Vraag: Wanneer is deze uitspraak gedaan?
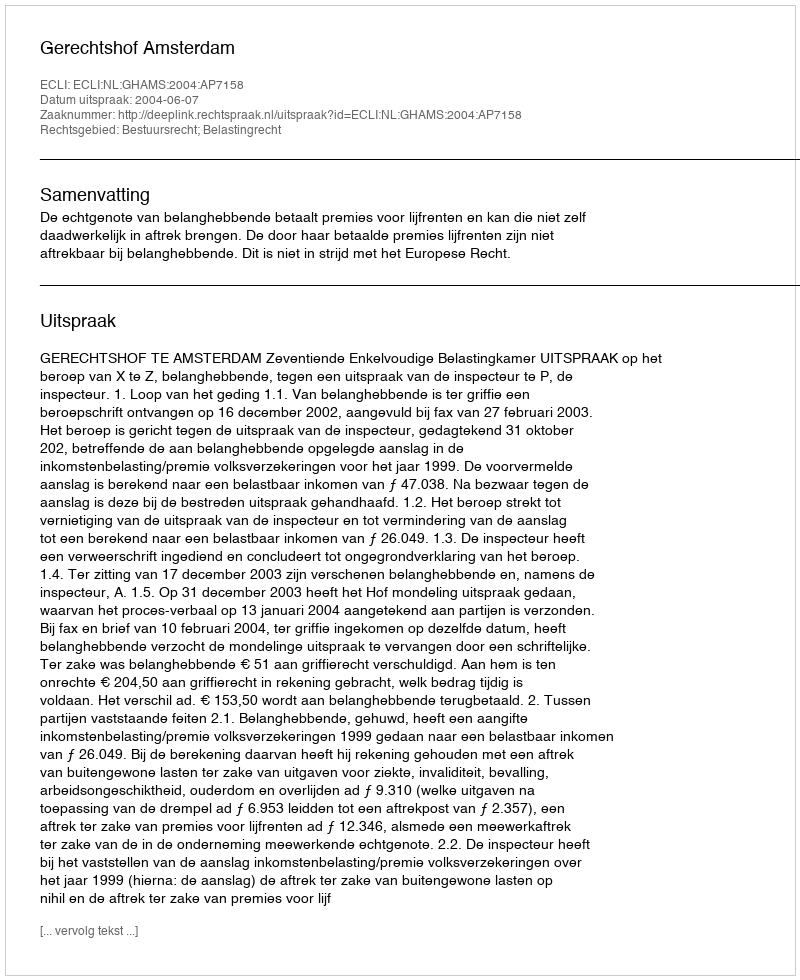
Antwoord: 2004-06-07